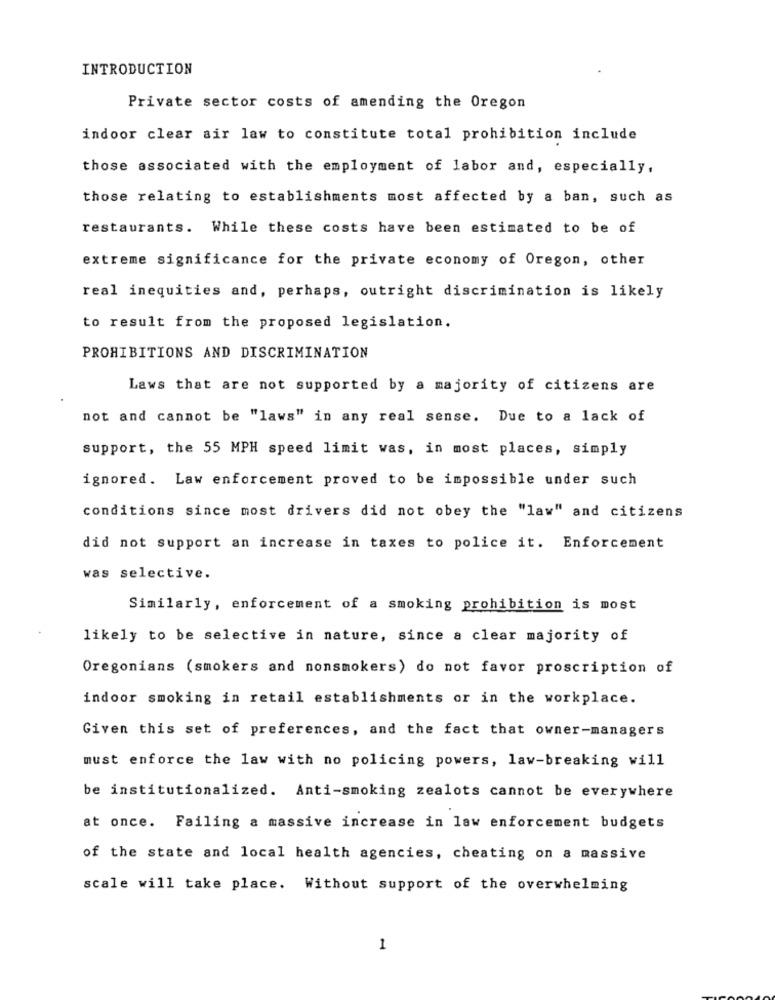
INTRODUCTION
Private sector costs of amending the Oregon
indoor clear air law to constitute total prohibition include
those associated with the employment of labor and, especially,
those relating to establishments most affected by a ban, such as
restaurants. While these costs have been estimated to be of
extreme significance for the private economy of Oregon, other
real inequities and, perhaps, outright discrimination is likely
to result from the proposed legislation.
PROHIBITIONS AND DISCRIMINATION
Laws that are not supported by a majority of citizens are
not and cannot be "laws" in any real sense. Due to a lack of
support, the 55 MPH speed limit was, in most places, simply
ignored. Law enforcement proved to be impossible under such
conditions since most drivers did not obey the "law" and citizens
did not support an increase in taxes to police it. Enforcement
was selective.
Similarly, enforcement of a smoking prohibition is most
likely to be selective in nature, since a clear majority of
Oregonians (smokers and nonsmokers) do not favor proscription of
indoor smoking in retail establishments or in the workplace.
Given this set of preferences, and the fact that owner-managers
must enforce the law with no policing powers, law-breaking will
be institutionalized. Anti-smoking zealots cannot be everywhere
at once. Failing a massive increase in law enforcement budgets
of the state and local health agencies, cheating on a massive
scale will take place. Without support of the overwhelming
1